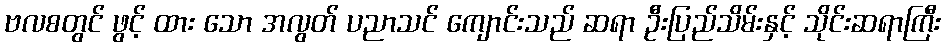
ဗလစတွင် ဖွင့် ထား သော အလွတ် ပညာသင် ကျောင်းသည် ဆရာ ဦးပြည်သိမ်းနှင့် သိုင်းဆရာကြီး